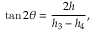
\tan 2 \theta = \frac { 2 h } { h _ { 3 } - h _ { 4 } } ,